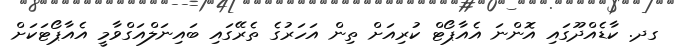
ގދ. ކާޑެއްދޫގައި އޮންނަ އެއާޕޯޓް ކުރިއަށް ތިން އަހަރުގެ ތެރޭގައި ބައިނަލްއަގްވާމީ އެއާޕޯޓަކަށް